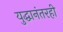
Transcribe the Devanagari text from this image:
युद्धानंतरही